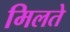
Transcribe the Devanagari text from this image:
मिलते